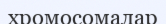
хромосомалар